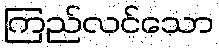
ကြည်လင်သော